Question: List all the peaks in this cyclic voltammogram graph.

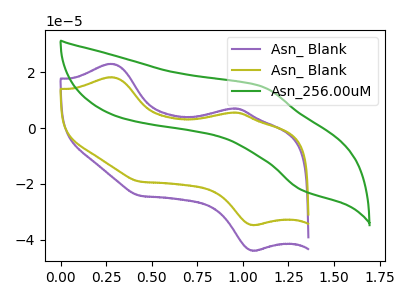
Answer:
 <answer>The purple curve "Asn_ Blank" has anodic peaks at (0.30V, 22.95uA) (0.95V, 7.00uA) and cathodic peaks at (1.05V, -43.75uA) (0.45V, -24.15uA). The olive curve "Asn_ Blank" has anodic peaks at (0.30V, 18.15uA) (0.95V, 5.55uA) and cathodic peaks at (1.05V, -34.65uA) (0.45V, -19.15uA). The green curve "Asn_256.00uM" has an anodic peak at (1.10V, 14.85uA) and a cathodic peak at (1.30V, -22.15uA).</answer>
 <eval></eval>